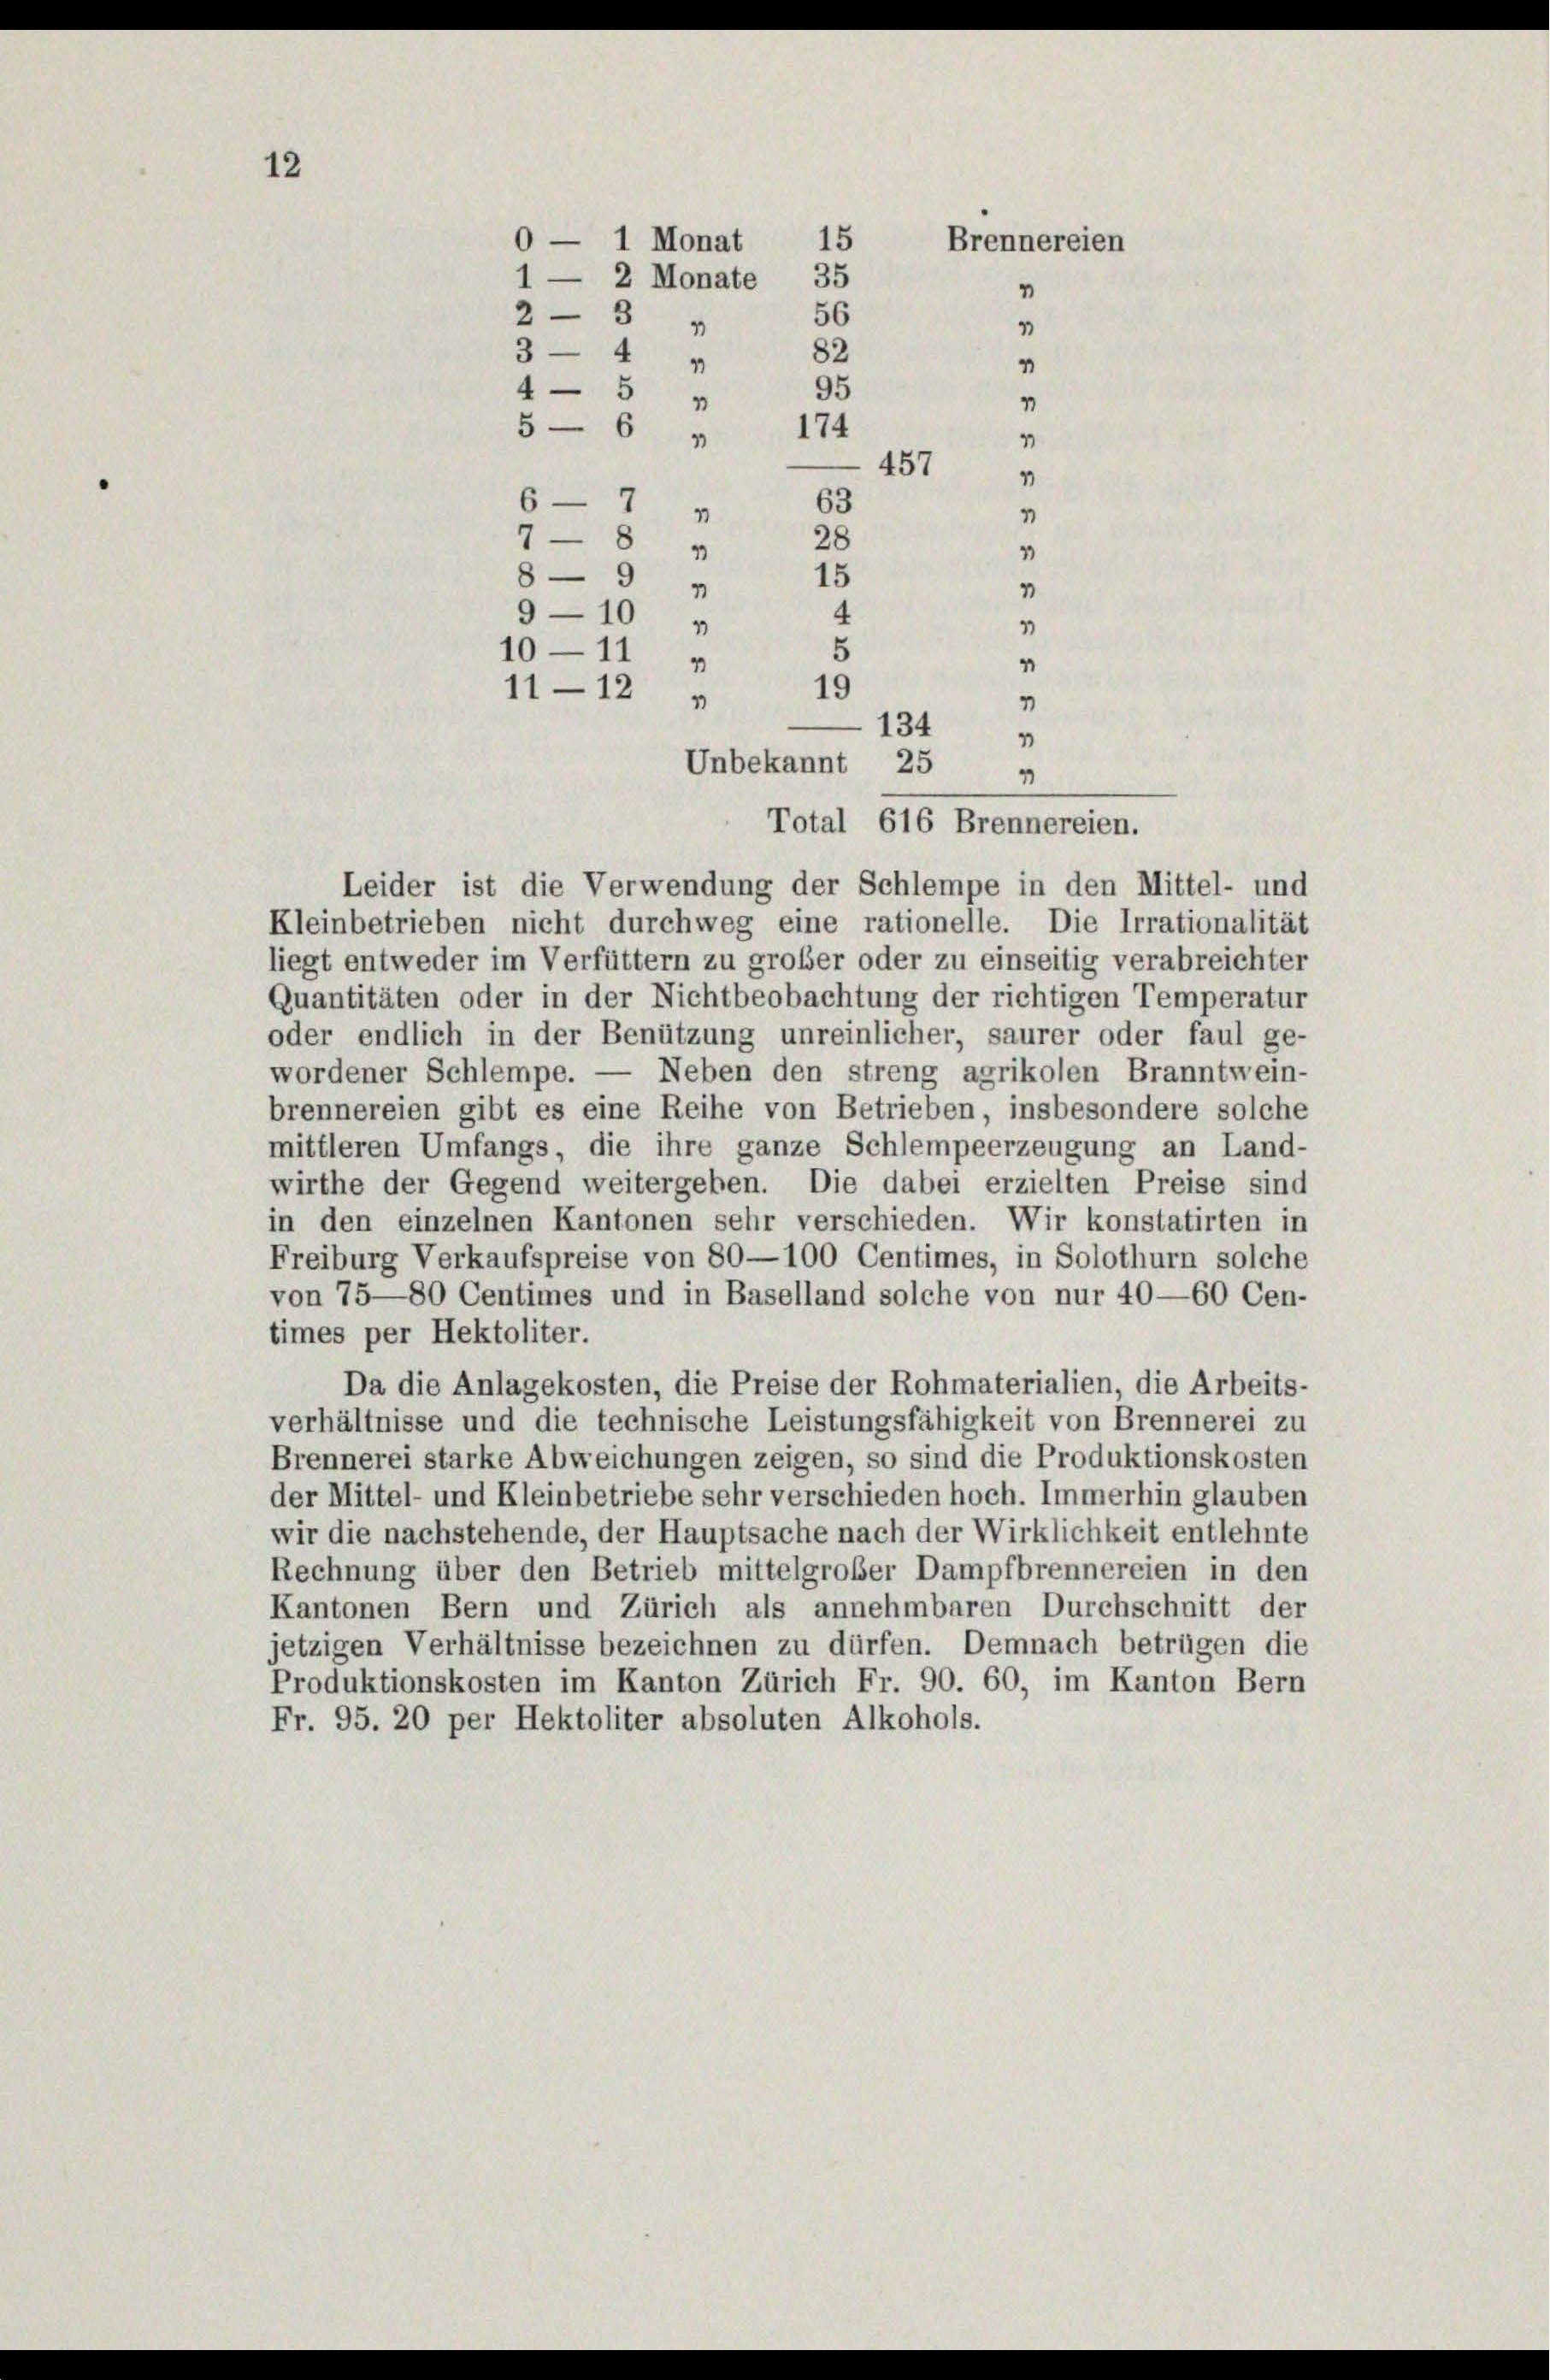
15

0 — 1 Monat 15
Brennereien
1 — 2 Monate 35
"
56
23
1
3-4
4
95
4 - 5 "
1
56
174
4
457
1
6—7
63
1
1
7-8 x
28
4
15
8-9
4
4
9-10 "
1
5
10—11 „
4
19
11-12
1

134
Unbekannt 25

82

4
Total 616 Brennereien.

Leider ist die Verwendung der Schlempe in den Mittel- und
Kleinbetrieben nicht durchweg eine rationelle. Die Irrationalität
liegt entweder im Verfüttern zu großer oder zu einseitig verabreichter
Quantitäten oder in der Nichtbeobachtung der richtigen Temperatur
oder endlich in der Benützung unreinlicher, saurer oder faul ge-
wordener Schlempe. — Neben den streng agrikolen Branntwein-
brennereien gibt es eine Reihe von Betrieben, insbesondere solche
mittleren Umfangs, die ihre ganze Schlempeerzeugung an Land-
wirthe der Gegend weitergeben. Die dabei erzielten Preise sind
in den einzelnen Kantonen sehr verschieden. Wir konstatirten in
Freiburg Verkaufspreise von 80—100 Centimes, in Solothurn solche
von 75—80 Centimes und in Baselland solche von nur 40—60 Cen-
times per Hektoliter.
Da die Anlagekosten, die Preise der Rohmaterialien, die Arbeits-
verhältnisse und die technische Leistungsfähigkeit von Brennerei zu
Brennerei starke Abweichungen zeigen, so sind die Produktionskosten
der Mittel- und Kleinbetriebe sehr verschieden hoch. Immerhin glauben
wir die nachstehende, der Hauptsache nach der Wirklichkeit entlehnte
Rechnung über den Betrieb mittelgroßer Dampfbrennereien in den
Kantonen Bern und Zürich als annehmbaren Durchschnitt der
jetzigen Verhältnisse bezeichnen zu dürfen. Demnach betrügen die
Produktionskosten im Kanton Zürich Fr. 90. 60, im Kanton Bern
Fr. 95. 20 per Hektoliter absoluten Alkohols.